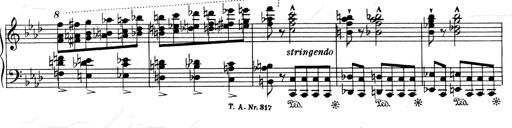
Title: Weinen, Klagen, Sorgen, Zagen
Composer: Franz Liszt